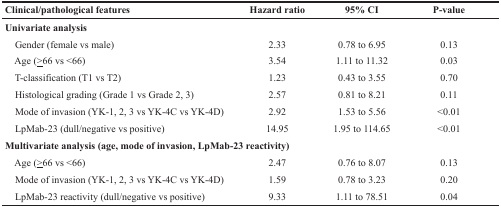
<table><thead><tr><td><b>Clinical/pathological features</b></td><td><b>Hazard ratio</b></td><td><b>95% CI</b></td><td><b>P-value</b></td></tr></thead><tbody><tr><td colspan="4"><b>Univariate analysis</b></td></tr><tr><td> Gender (female vs male)</td><td>2.33</td><td>0.78 to 6.95</td><td>0.13</td></tr><tr><td> Age (≥66 vs &lt;66)</td><td>3.54</td><td>1.11 to 11.32</td><td>0.03</td></tr><tr><td> T-classification (T1 vs T2)</td><td>1.23</td><td>0.43 to 3.55</td><td>0.70</td></tr><tr><td> Histological grading (Grade 1 vs Grade 2, 3)</td><td>2.57</td><td>0.81 to 8.21</td><td>0.11</td></tr><tr><td> Mode of invasion (YK-1, 2, 3 vs YK-4C vs YK-4D)</td><td>2.92</td><td>1.53 to 5.56</td><td>&lt;0.01</td></tr><tr><td> LpMab-23 (dull/negative vs positive)</td><td>14.95</td><td>1.95 to 114.65</td><td>&lt;0.01</td></tr><tr><td colspan="4"><b>Multivariate analysis (age, mode of invasion, LpMab-23 reactivity)</b></td></tr><tr><td> Age (≥66 vs &lt;66)</td><td>2.47</td><td>0.76 to 8.07</td><td>0.13</td></tr><tr><td> Mode of invasion (YK-1, 2, 3 vs YK-4C vs YK-4D)</td><td>1.59</td><td>0.78 to 3.23</td><td>0.20</td></tr><tr><td> LpMab-23 reactivity (dull/negative vs positive)</td><td>9.33</td><td>1.11 to 78.51</td><td>0.04</td></tr></tbody></table>